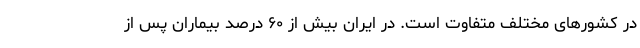
در کشورهای مختلف متفاوت است. در ایران بیش از ۶۰ درصد بیماران پس از